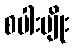
စပါးမျိုး